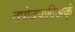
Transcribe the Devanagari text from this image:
तपोजपादिअक्ं